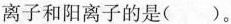
离子和阳离子的是( )。